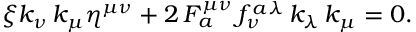
\xi k _ { \nu } \, k _ { \mu } \eta ^ { \mu \nu } + 2 \, F _ { a } ^ { \mu \nu } \, f _ { \nu } ^ { a } \mathrm { } ^ { \lambda } \, k _ { \lambda } \, k _ { \mu } = 0 .